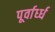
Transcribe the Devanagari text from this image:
पूर्वार्ध्ध